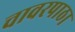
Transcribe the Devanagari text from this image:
चावरपाठा